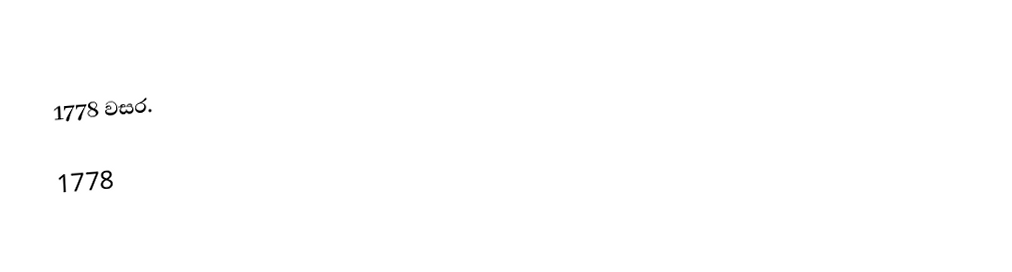
1778 වසර.

1778